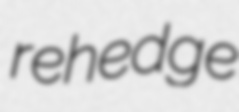
rehedge